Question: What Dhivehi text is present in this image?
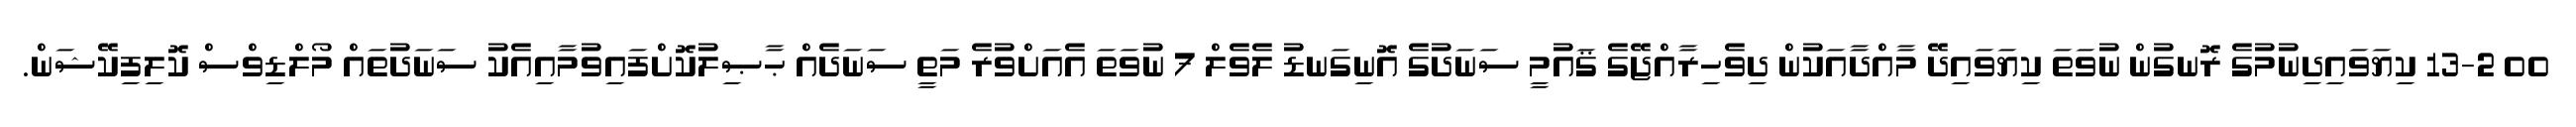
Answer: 00 13-2 ކިޔަވައިދިނުމުގެ ރޮނގުން ނުވަތަ ކިޔަވައިދޭ މާއްދާއަކުން ދިވެހިރާއްޖޭގެ ޤައުމީ ސަނަދުގެ އޮނިގަނޑު ލެވެލް 7 ނުވަތަ އެއަށްވުރެ މަތީ ސަނަދެއް ޙާޞިލުކޮށްފައިވުމާއިއެކު ސަނަދުތައް މޯލްޑިވްސް ކޮލިފިކޭޝަން.